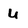
Character: u